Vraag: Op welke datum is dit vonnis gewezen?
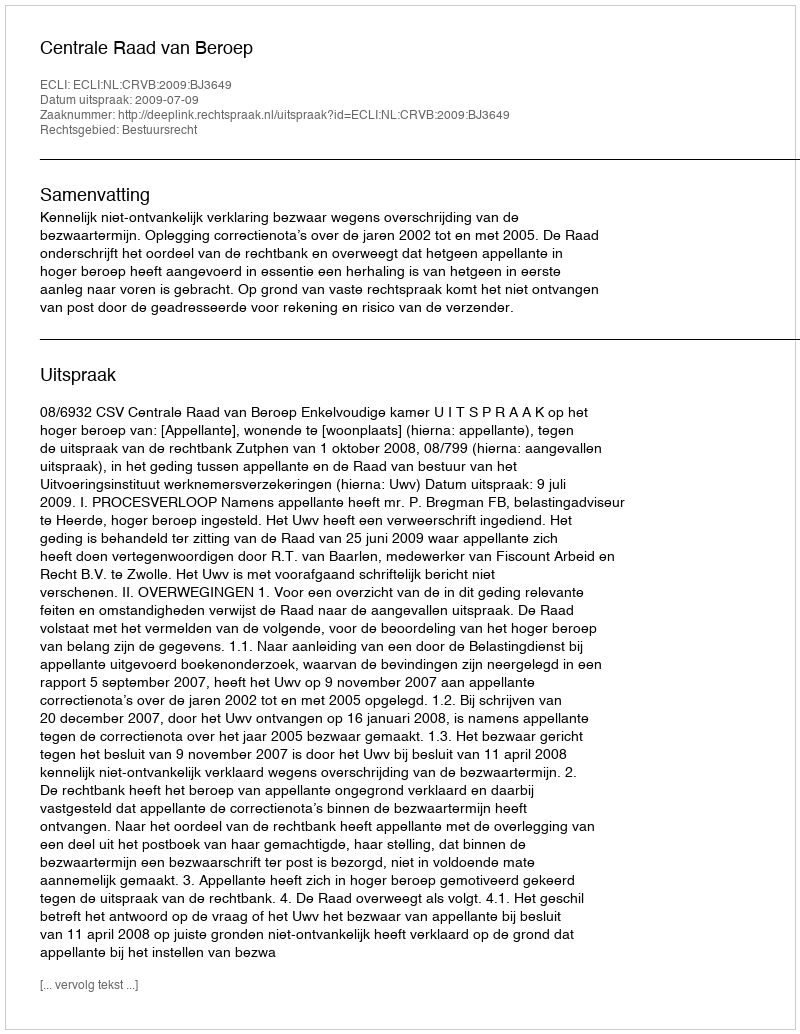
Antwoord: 2009-07-09